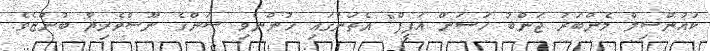
ކައުންސިލް މެންބަރު ޖަންބު ހަސަން އަފީފް" އެތަނުގައި ހުންނެވި ސަންގެ ނޫސްވެރިޔާ ބުންޏެވެ.